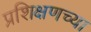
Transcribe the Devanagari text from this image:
प्रशिक्षणच्या